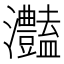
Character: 灎